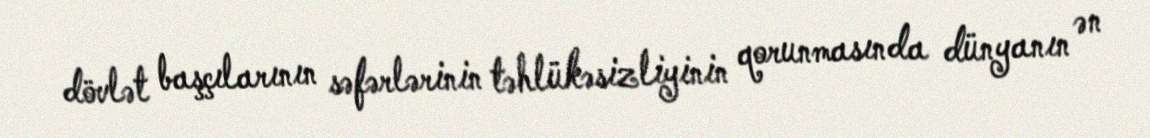
dövlət başçılarının səfərlərinin təhlükəsizliyinin qorunmasında dünyanın ən